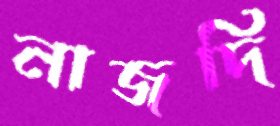
নাজদি